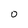
Character: 0